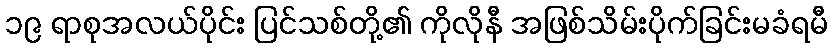
၁၉ ရာစုအလယ်ပိုင်း ပြင်သစ်တို့၏ ကိုလိုနီ အဖြစ်သိမ်းပိုက်ခြင်းမခံရမီ